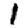
Digit: 1